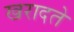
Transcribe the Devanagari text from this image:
खरादते